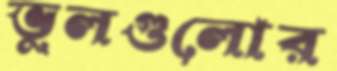
ভুলগুলোর